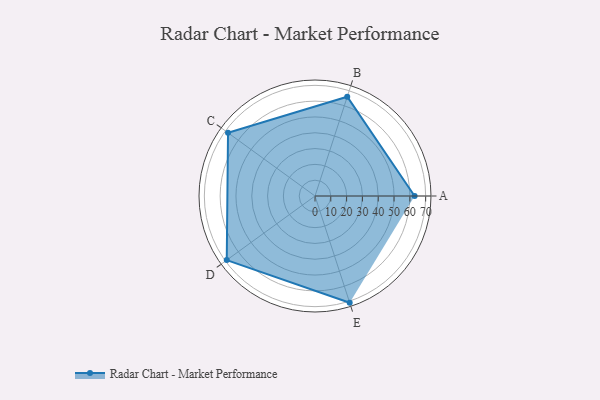
{"axis": {"x": "Skill", "y": "Score"}, "legend": ["Profile"], "data": [{"x": "A", "y": 63.0, "type": "Profile"}, {"x": "B", "y": 66.0, "type": "Profile"}, {"x": "C", "y": 68.0, "type": "Profile"}, {"x": "D", "y": 69.0, "type": "Profile"}, {"x": "E", "y": 71.0, "type": "Profile"}]}